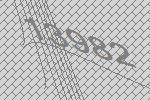
13982